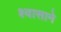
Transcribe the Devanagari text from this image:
श्वासाने